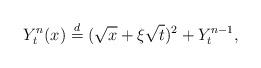
LaTeX: \begin{align*}Y^n_t(x)\stackrel{d}=(\sqrt{x}+\xi\sqrt{t})^2+Y^{n-1}_t,\end{align*}